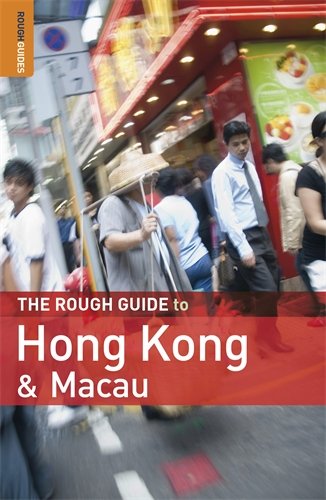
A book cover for The Rough Guide to Hong Kong & Macau; David Leffman; Travel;